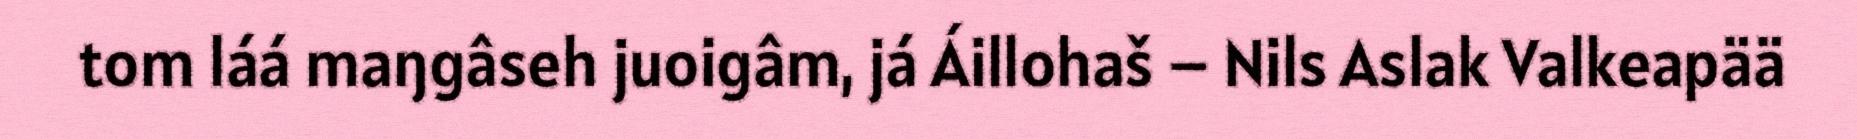
tom láá maŋgâseh juoigâm, já Áillohaš – Nils Aslak Valkeapää